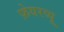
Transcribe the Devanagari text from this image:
फ़ेयरव्यू